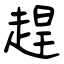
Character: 趕